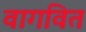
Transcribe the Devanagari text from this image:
वागवित